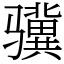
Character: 骥